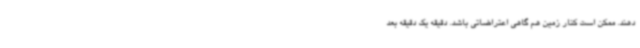
دهند. ممکن است کنار زمین هم گاهی اعتراضاتی باشد. دقیقه یک دقیقه بعد